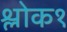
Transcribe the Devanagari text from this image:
श्लोक१